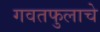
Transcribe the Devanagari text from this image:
गवतफुलाचे